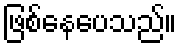
ဖြစ်နေပေသည်။